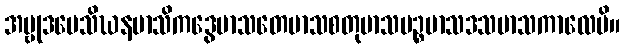
အဗ္ဗုဒပေသိဃနမာသိကဒွေမာသတေမာသစတုမာသပဉ္စမာသဒသမာသကာလေပိ။